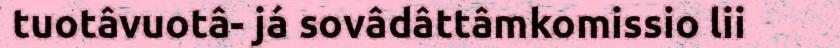
tuotâvuotâ- já sovâdâttâmkomissio lii